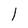
Character: 1